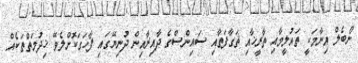
ނޯބެލް އިނާމަކީ ތައުލީމާއި ތާރީޚާއި ޘަގާފަތާއި ސައިންސްގެ ދާއިރާއިން ދުނިޔޭގައި ފާހަގަކޮށްލެވޭ ޚިދުމަތްތަކެއް